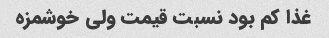
غذا کم بود نسبت قیمت ولی خوشمزه